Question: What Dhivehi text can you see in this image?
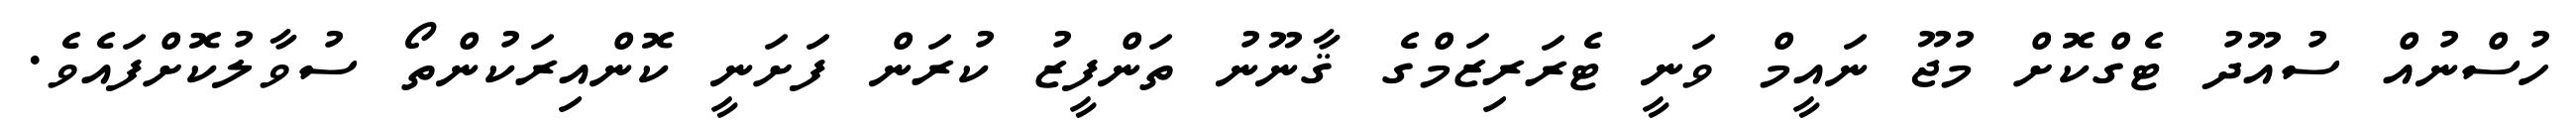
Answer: ހުސްނުއް ސުއޫދު ޓެގްކޮށް މުޖޫ ނައީމް ވަނީ ޓެރަރިޒަމްގެ ޤާނޫނު ތަންފީޒު ކުރަން ފަށަނީ ކޮންއިރަކުންތޯ ސުވާލުކޮށްފައެވެ.